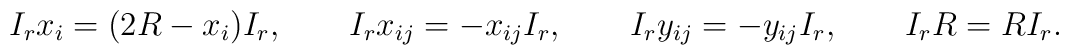
I_r x_i = (2R - x_i) I_r, \qquad I_r x_{ij} = - x_{ij} I_r, \qquad I_r y_{ij}=   - y_{ij} I_r, \qquad I_r R = R I_r.